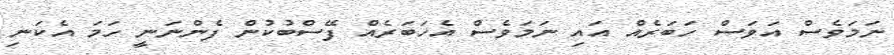
ނަމަވެސް އަވަސް ހަބަރެއް އައި ނަމަވެސް އެހަބަރެއް ފޭސްބުކުން ފެންނަނީ ހަމަ އެކަނި